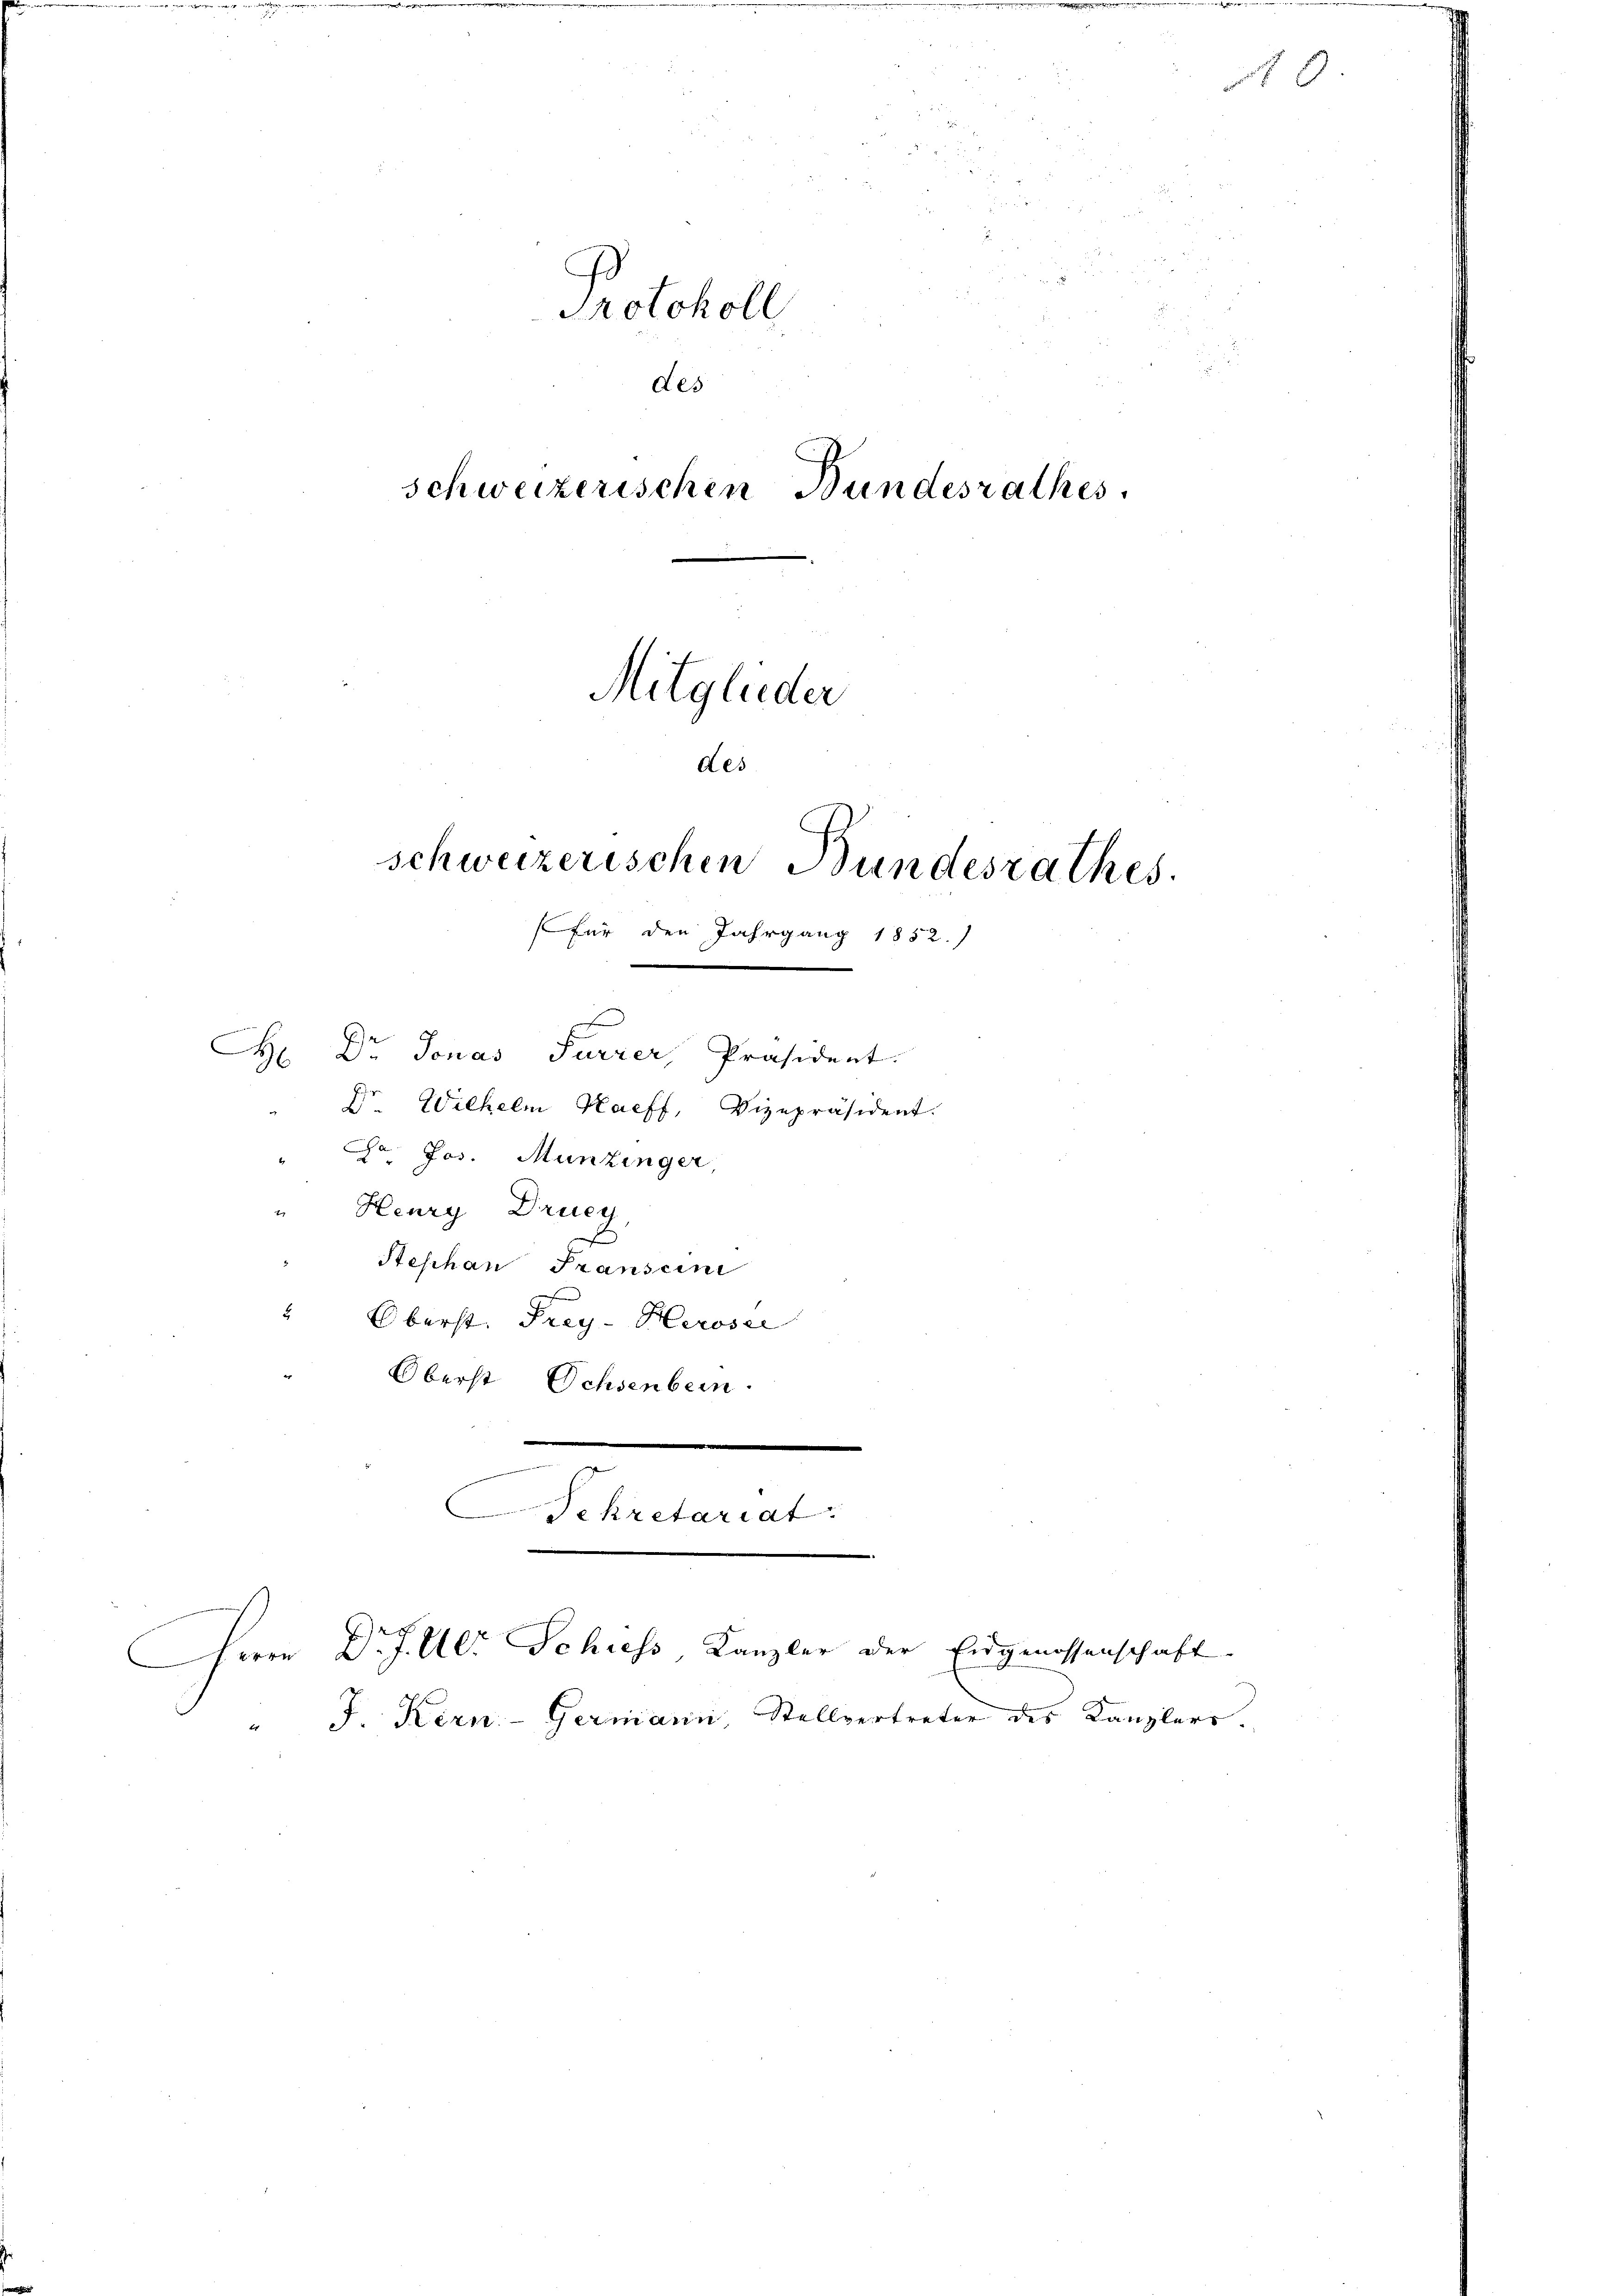
x
H
Dr Jonas Furrer, Präsident.
Dr. Wilhelm Haff, Vizepräsident.
Ca Jos. Munzinger,
Heury Drucy
i
E
Steschan Transeine
" Oberst Frey- Heroser
Oberst Ochsenbein.
.
Sekretariat

n
u

Protokoll
des
schweizerischen Bundesrathes.
Mitglieder
des
schweizerischen Bundesrathes.
(für den Jahrgang 1852.)

Herrn Dr J. Ulr. Schuess, Kanzler der Eidgenossenschaft
J. Kern- Germann, Stellvertreter des Kanzlers.
b

A 0